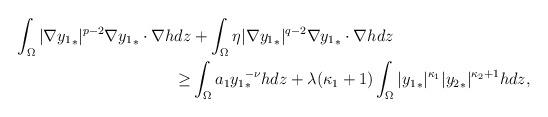
LaTeX: \begin{align*} \int_{\Omega}\vert \nabla {y_1}_*\vert^{p - 2}\nabla {y_1}_*\cdot \nabla hdz &+ \int_{\Omega}\eta\vert \nabla {y_1}_*\vert^{q - 2}\nabla {y_1}_*\cdot \nabla hdz\\\geq&\int_{\Omega}a_1{y_1}_*^{ - \nu}hdz + \lambda(\kappa_1 + 1)\int_{\Omega}\vert {y_1}_*\vert^{\kappa_1}\vert {y_2}_*\vert^{\kappa_2 + 1} h dz, \end{align*}